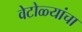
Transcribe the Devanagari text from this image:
वेटोळ्यांचा